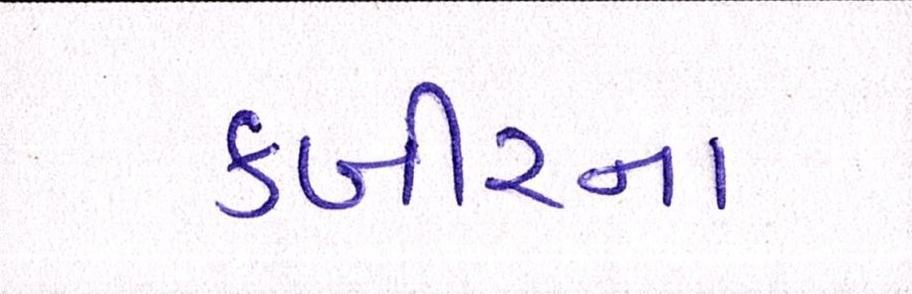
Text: કબીરના